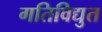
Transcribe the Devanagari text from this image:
गतिविद्युत